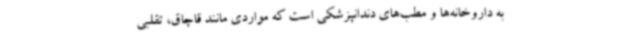
به داروخانه‌ها و مطب‌های دندانپزشکی است که مواردی مانند قاچاق، تقلبی